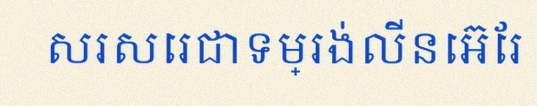
សរសេរជាទម្រង់លីនេអ៊ែរ